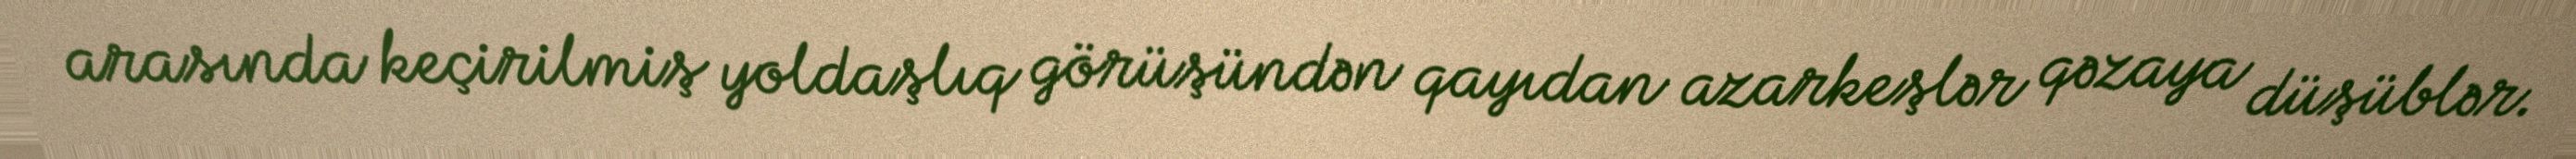
arasında keçirilmiş yoldaşlıq görüşündən qayıdan azarkeşlər qəzaya düşüblər.